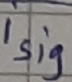
Text: isig